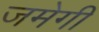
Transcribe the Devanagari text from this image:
जमेगी